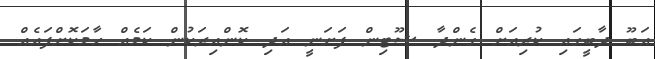
އަބޫ ދާބީގައި ކުރިއަށް ގެންދާ ޝޫޓިން ފަށަނީ އަދި ކޮންއިރަކުން ކަމެއް ހާމަކޮށްފައެއް